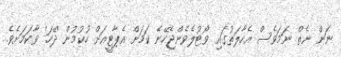
ނަން ނެތް ނަމަވެސް އެހާލަތުގައި ވޯޓުލެވެންޖެހޭނެ ކަމަށް އެޕާޓީއަށް ހުކުމުން 'ދޭހަ' ވާކަމަށެވެ.